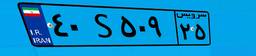
۴۰S۵۰۹۲۵